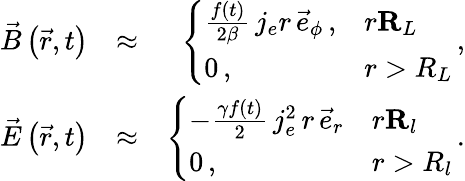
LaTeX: \begin{array}{rlr}{\vec{B}\left(\vec{r},t\right)}&{\approx}&{\left\{ \begin{array}{ll}{\frac{f(t)}{2\beta}\, j_{e}r\, \vec{e}_{\phi}\, ,}&{r\le R_{L}}\\ {0\, ,}&{r>R_{L}}\end{array}\right.\, ,}\\ {\vec{E}\left(\vec{r},t\right)}&{\approx}&{\left\{ \begin{array}{ll}{-\frac{\gamma f(t)}{2}\, j_{e}^{2}\, r\, \vec{e}_{r}}&{r\le R_{l}}\\ {0\, ,}&{r>R_{l}}\end{array}\right.\, .}\end{array}